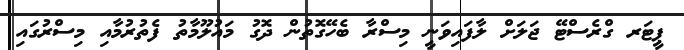
ޕީޓަރ ގްރެސްޓޭ ޖަލަށް ލާފައިވަނީ މިސްރާ ބެހޭގޮތުން ދޮގު މައުލޫމާތު ފެތުރުމާއި މިސްރުގައި